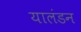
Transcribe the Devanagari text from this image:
यालंडन